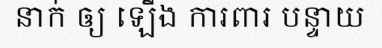
នាក់ ឲ្យ ឡើង ការពារ បន្ទាយ